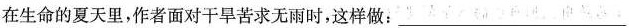
在生命的夏天里，作者面对干旱苦求无雨时，这样做：___